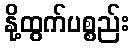
နို့ထွက်ပစ္စည်း